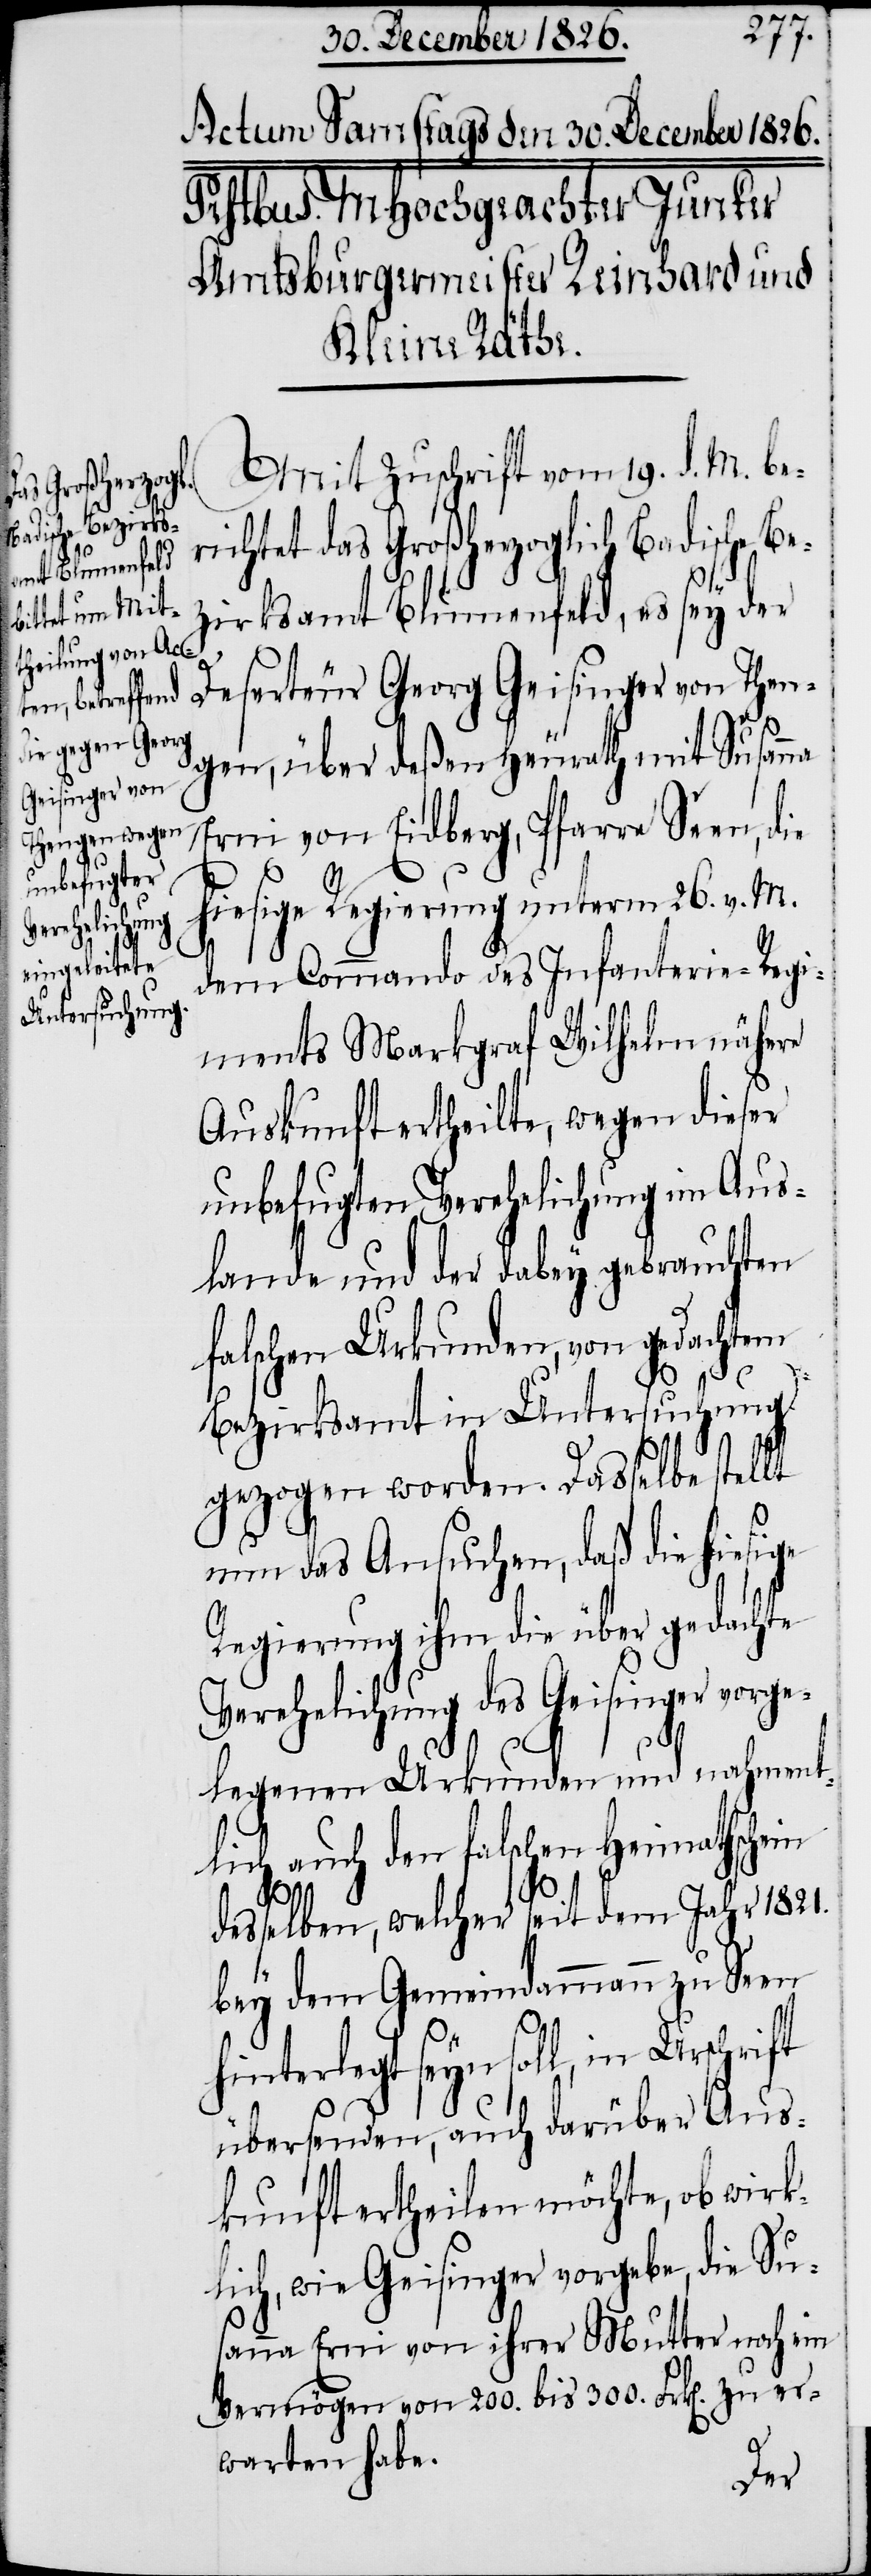
d. M.
ichtet das Großherzoglich Badische Be¬
zirksamt Blumenfeld, es sey der
Deserteur Georg Geisinger von Then¬
gen, über deßen Heurath mit Susanna
Erni von Eidberg, Pfarre Seen, die
hiesige Regierung unterm 26. v. M.
dem Commando des Infanterie-Regi¬
ments Markgraf Wilhelm nähere
Auskunft ertheilte, wegen dieser
unbefugten Verehelichung im Aus¬
lande und der dabey gebrauchten
falschen Urkunden, von gedachtem
Bezirksamt in Untersuchung
gezogen worden. Dasselbe stellt
nun das Ansuchen, daß die hiesige
Regierung ihm die über gedachte
Verehelichung des Geisinger vorge¬
legenen Urkunden und nahment¬
lich auch den falschen Heimathschein
desselben, welcher seit dem Jahr 1821.
bey dem Gemeindammann zu Seen
hinterlegt seyn soll, in Urschrift
übersenden, auch darüber Aus¬
kunft ertheilen möchte, ob wirk¬
lich, wie Geisinger vorgebe, die Su¬
sanna Erni von ihrer Mutter noch ein
Vermögen von 200. bis 300. Frk[en]. zu er¬
warten habe.
ber¬